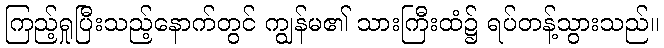
ကြည့်ရှုပြီးသည့်နောက်တွင် ကျွန်မ၏ သားကြီးထံ၌ ရပ်တန့်သွားသည်။